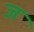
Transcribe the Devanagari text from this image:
ज॓